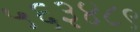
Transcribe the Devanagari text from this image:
५६३४८९